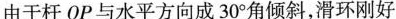
由于杆 OP 与水平方向成 30°角倾斜，滑环刚好